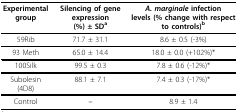
<table><thead><tr><td><b>Experimental group</b></td><td><b>Silencing of gene expression(%) ± SD<sup>a</sup></b></td><td><b><i>A. marginale </i>infection levels (% change with respect to controls)<sup>b</sup></b></td></tr></thead><tbody><tr><td>59Rib</td><td>71.7 ± 31.1</td><td>8.6 ± 0.5 (-3%)</td></tr><tr><td>93 Meth</td><td>65.0 ± 14.4</td><td>18.0 ± 0.0 (+102%)*</td></tr><tr><td>100Silk</td><td>99.5 ± 0.3</td><td>7.8 ± 0.6 (-12%)*</td></tr><tr><td>Subolesin (4D8)</td><td>88.1 ± 7.1</td><td>7.4 ± 0.3 (-17%)*</td></tr><tr><td>Control</td><td><b>--</b></td><td>8.9 ± 1.4</td></tr></tbody></table>